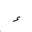
Letter: _hamza